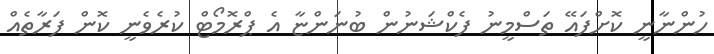
ހުންނާނީ ކޮށްފައޭ ތަސްމީނު ފެކްޝަނުން ބުނަންޏާ އެ ޕްރޮމޯޓް ކުރެވެނީ ކޮން ފަރާތެއް